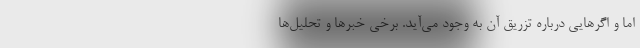
اما و اگرهایی درباره تزریق آن به وجود می‌آید. برخی خبرها و تحلیل‌ها